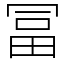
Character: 冨